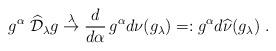
LaTeX: \begin{align*}g^\alpha\;\widehat{\mathcal{D}}_\lambda g\stackrel{\lambda}{\rightarrow}\frac{d}{d\alpha}\,g^{\alpha}d\nu(g_\lambda)=:g^\alpha d\widehat{\nu}(g_\lambda)\;.\end{align*}